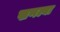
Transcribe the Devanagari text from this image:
खणल्या